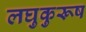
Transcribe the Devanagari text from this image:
लघुकुरूष